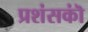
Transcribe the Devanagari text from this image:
प्रशंसकॊं